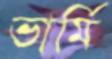
ভার্মি